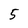
Character: 5